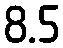
8.5